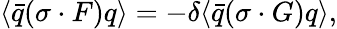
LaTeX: \langle\bar{q}(\sigma\cdot F)q\rangle=-\delta\langle\bar{q}(\sigma\cdot G)q\rangle,